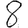
Digit: 8